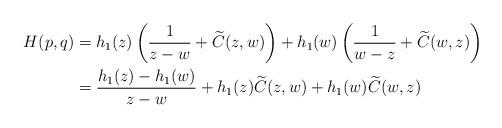
LaTeX: \begin{align*} H(p,q) & = h_1(z) \left( \frac{1}{z-w} + \widetilde{C}(z,w) \right) + h_1(w) \left(\frac{1}{w-z} + \widetilde{C}(w,z) \right) \\ & = \frac{h_1(z)- h_1(w)}{z-w}+ h_1(z) \widetilde{C}(z,w) + h_1(w) \widetilde{C}(w,z)\end{align*}